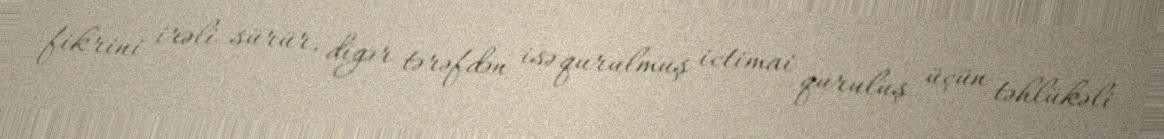
fikrini irəli sürür, digər tərəfdən isə qurulmuş ictimai quruluş üçün təhlükəli